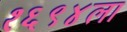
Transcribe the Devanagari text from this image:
१६९४ला